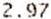
2.97